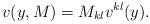
LaTeX: \begin{align*}v(y,M) = M_{kl} v^{kl}(y).\end{align*}